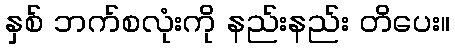
နှစ် ဘက်စလုံးကို နည်းနည်း တိပေး။